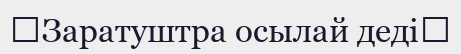
《Заратуштра осылай деді》